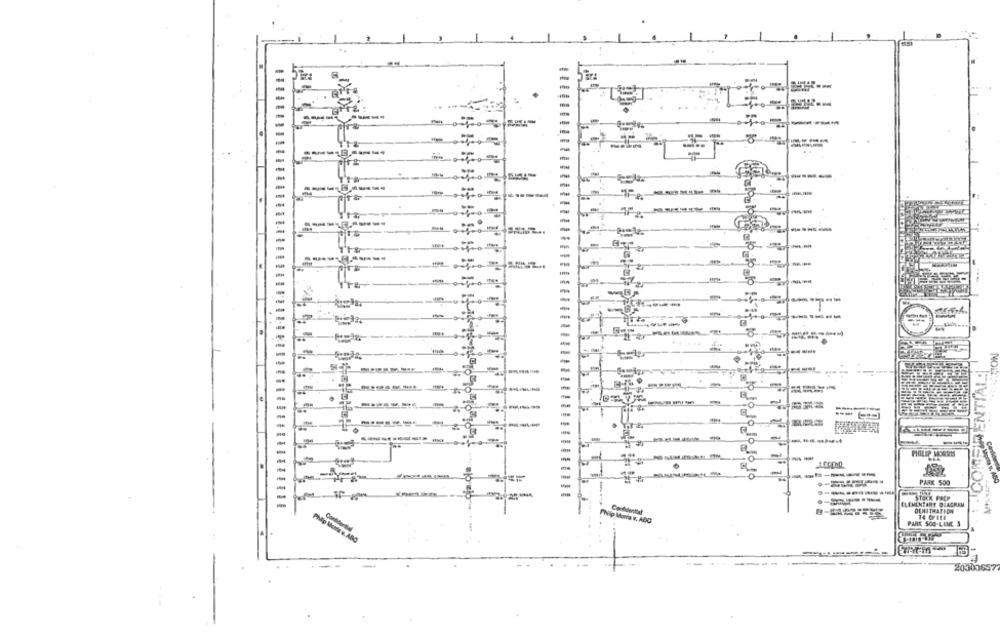
---
-
in.
-
10
-
-
-
1 . CONFIDENTIAL
NOUS
-
-
PHILIP MORRIS
LEGEND
-
PARK 500
Stock Face
-------
ELEMENTARE DIAGRAM
DENJTRATION
Philip Morris v. ABC
PARE 500-LINE 3
Philip Meme w. ABO
20303657